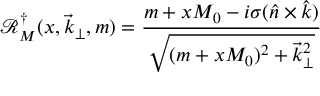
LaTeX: { \mathcal R } _ { M } ^ { \dagger } ( x , \vec { k } _ { \perp } , m ) = \frac { m + x M _ { 0 } - i \sigma ( \hat { n } \times \hat { k } ) } { \sqrt { ( m + x M _ { 0 } ) ^ { 2 } + \vec { k } _ { \perp } ^ { 2 } } }